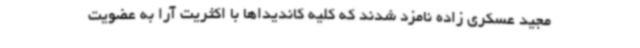
مجید عسکری زاده نامزد شدند که کلیه کاندیداها با اکثریت آرا به عضویت